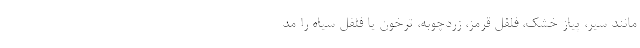
مانند سیر، پیاز خشک، فلفل قرمز، زردچوبه، ترخون یا فلفل سیاه را مد